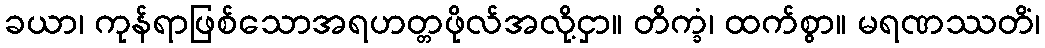
ခယာ၊ ကုန်ရာဖြစ်သောအရဟတ္တဖိုလ်အလို့ငှာ။ တိက္ခံ၊ ထက်စွာ။ မရဏဿတိံ၊